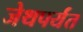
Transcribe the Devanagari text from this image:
जेथपर्यंत